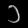
Digit: ၁